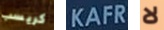
كريسب KAFR لا